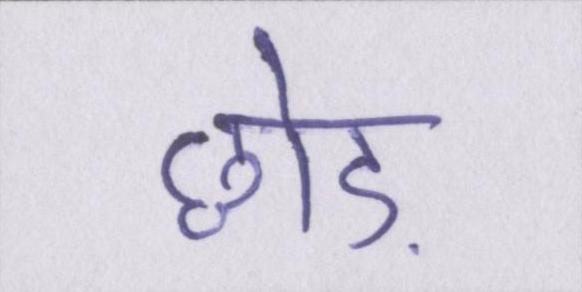
छोड़